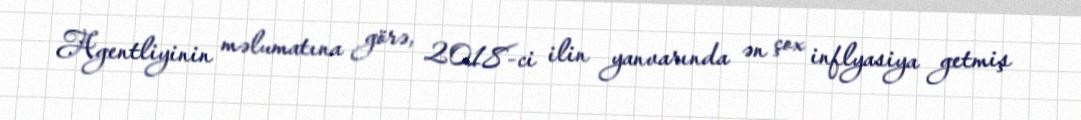
Agentliyinin məlumatına görə, 2018-ci ilin yanvarında ən çox inflyasiya getmiş